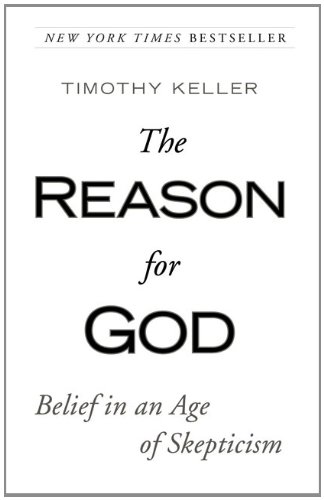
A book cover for The Reason for God: Belief in an Age of Skepticism; Timothy Keller; Christian Books & Bibles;